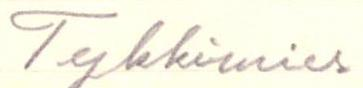
Tykkimies